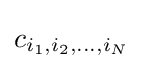
c_{i_{1},i_{2},\ldots ,i_{N}}